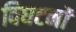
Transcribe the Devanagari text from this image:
विघटनों